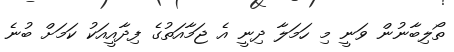
ތޯލިބާނުން ވަނީ މި ހަމަލާ ދިނީ އެ ޖަމާއަތުގެ ފިދާއީއަކު ކަމަށް ބުނެ